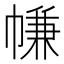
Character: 㡘